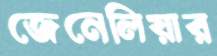
জেনেলিয়ার